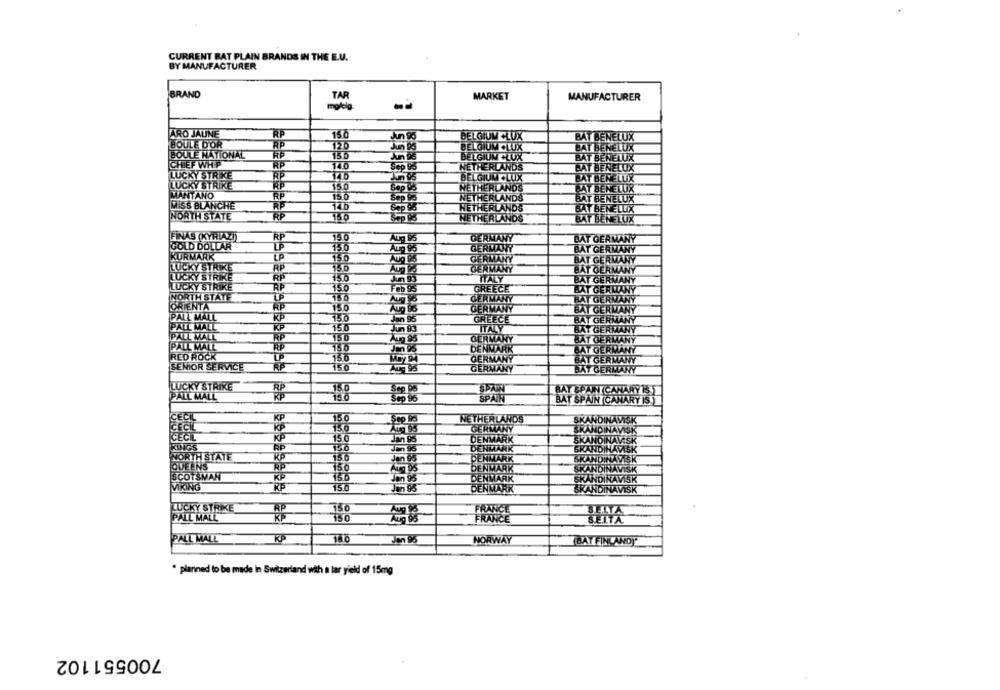
CURRENT BAT PLAIN BRANDS IN THE E.U.
BY MANUFACTURER
BRAND
MARKET
MANUFACTURER
ARO JAUNE
ŘP
150
BELGIUM .LUX
BENELUX
BOULE D'OR
RP
126
BELGIUM .LUX
BAT BENELUX
BOULE NATIONAL
15b
BELGIUM .LUX
BAT BENELUX
CHIEF WHIP
140
NETHERLANDS
BAT BENELUX
LUCKY STRIKE
BELGIUM .LUX
BAT BENELUX
LUCKY STRIKE
150
NETHERLANDS
BAT BENELUX
MANTANO
RP
156
NETHERLANDS
BAT BENELUX
MISS BLANCHE
RP
146
NETHERLANDS
BAT BENELUX
NORTH STATE
RP
NETHERLANDS
BAT BENELUX
FİNAS (KYRIAZI)
RP
750
GERMANY
BAT GERMANY
GOLD DOLLAR
150
GERMANY
BAT GERMANY
KURMARK
LP
GERMANY
BAT GERMANY
LUCKY STRIKE
BP
15.0
GERMANY
BAT GERMANY
LUCKY STRIKE
RP
150
ITALY
BAT GERMANY
LUCKY STRIKE
RP
150
GREECE
BAT GERMANY
NORTH STATE
156
GERMANY
BAT GERMANY
ORIENTA
15.0
GERMANY
BAT GERMANY
PALL MALL
KP
GREECE
BAT GERMANY
PALL MALL
ITALY
BAT GERMANY
PALL MALL
GERMANY
PALL MALL
BAT GERMANY
DENMARK
BAT GERMANY
RED ROCK
GERMANY
BAT GERMANY
150
SENIOR SERVICE
GERMANY
BAY GERMANY
LUCKY STRIKE
BAT SPAIN CANARY IS
PALL MALL
SPAIN
BAT SPAIN CANARY IS.)
NETHERLANDS
SKANDINAVISK
GERMANY
SKANDINAVISK
CECIL
150
DENMARK
SKANDINAVISK
KING'S
150
DENMARK
SINAVISK
SKANDINA
NORTH STATE
156
DENMARK
SKANDINAVISK
QUEENS
150
DENMARK
SKANDINAVISK
SCOTSMAN
15.6
JENMARK
SKANDINAVISK
VIKING
RP
150
Jan 95
DENMARK
SKANDINAVISK
LUCKY STRIKE
150
FRANCE
PALL MALL
750
FRANCE
JEITA
SEITA
PALL MALL
780
NORWAY
(BAY FINLANDY
· planned to be made in Switzerland with a tar yield of 15mg
700551102